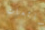
شائعات